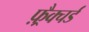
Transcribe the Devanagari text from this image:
फ़्रैक्चर्ड